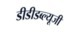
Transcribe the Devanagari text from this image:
डीडीडब्ल्यूजी